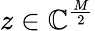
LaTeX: z\in\mathbb{C}^{\frac{M}{2}}